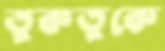
তুকতুকে